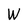
Character: W